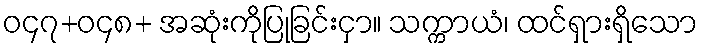
ဝ၄၇+ဝ၄၈+ အဆုံးကိုပြုခြင်းငှာ။ သက္ကာယံ၊ ထင်ရှားရှိသော